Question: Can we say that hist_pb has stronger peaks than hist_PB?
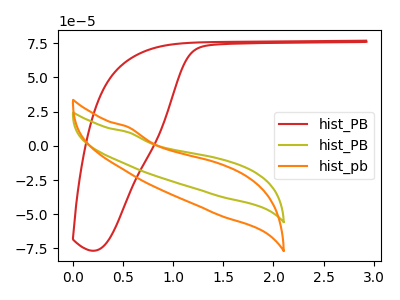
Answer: <think>The red curve "hist_PB" has no peaks. The olive curve "hist_PB" has no peaks. The orange curve "hist_pb" has no peaks.</think>
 <answer>Niether CV has any peaks.</answer>
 <eval>blanks</eval>